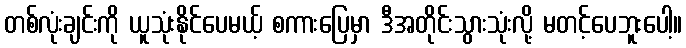
တစ်လုံးချင်းကို ယူသုံးနိုင်ပေမယ့် စကားပြေမှာ ဒီအတိုင်းသွားသုံးလို့ မတင့်ပေဘူးပေါ့။